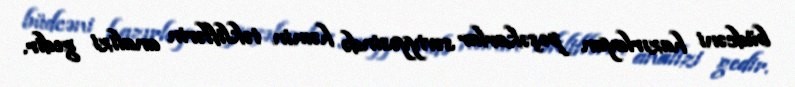
büdcəni hazırlayan peşəkarlar səviyyəsində həmin təkliflərin analizi gedir.